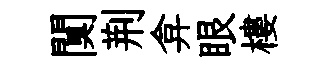
闃荆弇眼樓